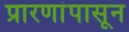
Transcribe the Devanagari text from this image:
प्रारणांपासून